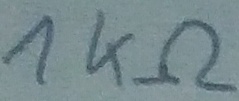
Text: 1KΩ